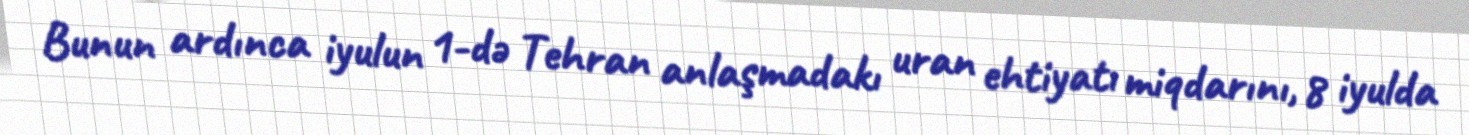
Bunun ardınca iyulun 1-də Tehran anlaşmadakı uran ehtiyatı miqdarını, 8 iyulda